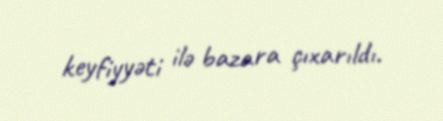
keyfiyyəti ilə bazara çıxarıldı.